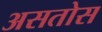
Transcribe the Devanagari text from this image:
असतोस